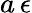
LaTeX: a\, \epsilon